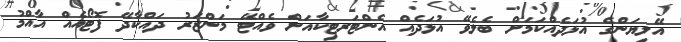
އޭލިޔަންގެ އުޅަދެއްްކަމަށް ބެލެވޭ އުޅަދެއް އެންޓަރޓިކާއަށް ވެއްޓޭ މަންޒަރު ދައްކާދޭ ފޮޓޯއެއް އާއްމު